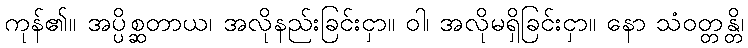
ကုန်၏။ အပ္ပိစ္ဆတာယ၊ အလိုနည်းခြင်းငှာ။ ဝါ၊ အလိုမရှိခြင်းငှာ။ နော သံဝတ္တန္တိ၊